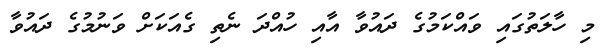
މި ހާލަތުގައި ވައްކަމުގެ ދައުވާ އާއި ހުއްދަ ނެތި ގެއަކަށް ވަނުމުގެ ދައުވާ